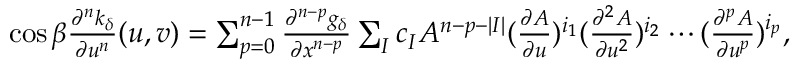
\begin{array} { r } { \cos \beta \frac { \partial ^ { n } k _ { \delta } } { \partial u ^ { n } } ( u , v ) = \sum _ { p = 0 } ^ { n - 1 } \frac { \partial ^ { n - p } g _ { \delta } } { \partial x ^ { n - p } } \sum _ { I } c _ { I } A ^ { n - p - | I | } ( \frac { \partial A } { \partial u } ) ^ { i _ { 1 } } ( \frac { \partial ^ { 2 } A } { \partial u ^ { 2 } } ) ^ { i _ { 2 } } \cdots ( \frac { \partial ^ { p } A } { \partial u ^ { p } } ) ^ { i _ { p } } , } \end{array}